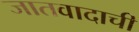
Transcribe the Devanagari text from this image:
जातवादाची